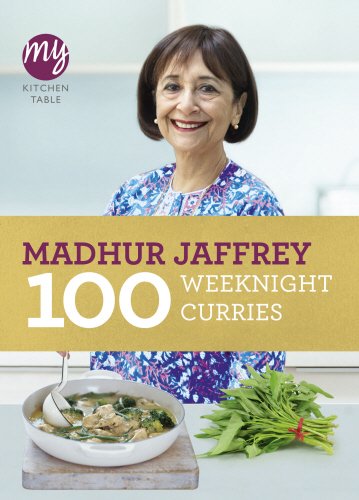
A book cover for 100 Weeknight Curries (My Kitchen Table); Madhur Jaffrey; Cookbooks, Food & Wine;